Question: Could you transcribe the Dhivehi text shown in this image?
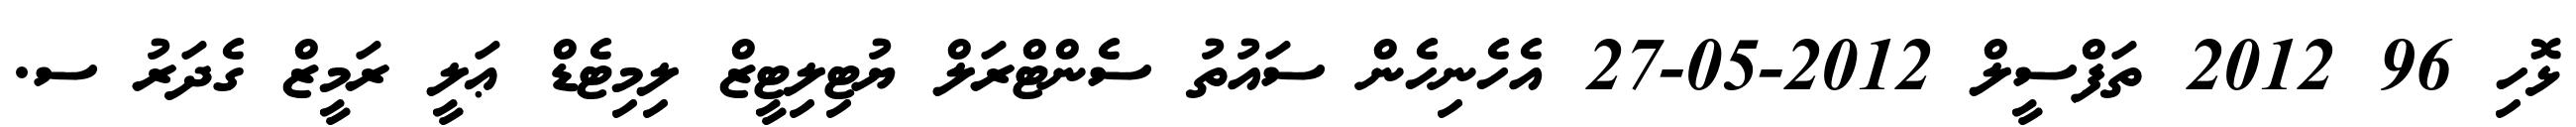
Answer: ޅޮހި 96 2012 ތަފްސީލް 2012-05-27 އެހެނިހެން ސައުތު ސެންޓްރަލް ޔުޓިލިޓީޒް ލިމިޓެޑް ޢަލީ ރަމީޒް ގެދަރު ސ.